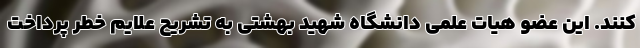
کنند. این عضو هیات علمی دانشگاه شهید بهشتی به تشریح علایم خطر پرداخت